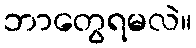
ဘာတွေရမလဲ။